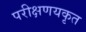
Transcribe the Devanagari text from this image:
परीक्षणयकृत